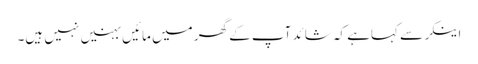
اینکر سے کہاہے کہ شائد آپ کے گھر میں مائیں بہنیں نہیں ہیں۔